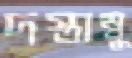
দস্তাম্বু